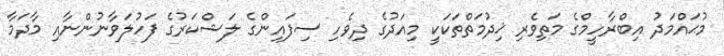
މުޙައްމަދު އިބްރާހީމްގެ މަތިވެރި ޚިދުމަތްތަކަކީ މިއަދުގެ ދިވެހި ސިފައިންގެ ލަޝްކަރުގެ ފަހުލަވާނުންނާއި މާދަމާ